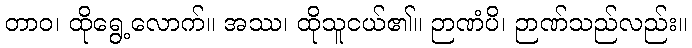
တာဝ၊ ထိုရွေ့လောက်။ အဿ၊ ထိုသူငယ်၏။ ဉာဏံပိ၊ ဉာဏ်သည်လည်း။